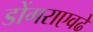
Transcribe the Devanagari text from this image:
डोंगराएवढे